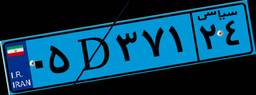
۳۸D۷۹۴۵۷